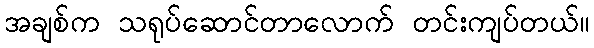
အချစ်က သရုပ်ဆောင်တာလောက် တင်းကျပ်တယ်။